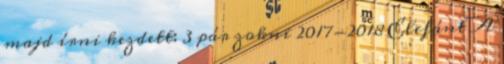
majd írni kezdett: 3 pár zokni 2017-2018 Elefánt A